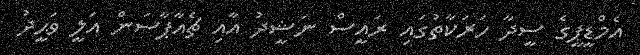
އެމްޑީޕީގެ ސީދާ ހަރަކާތުގައި ރައީސް ނަޝީދު އާއި ޗެއާޕާސަން އަލީ ވަޙީދު